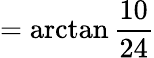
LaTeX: =\arctan{\frac{10}{24}}